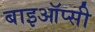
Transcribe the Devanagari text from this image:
बाइऑप्सी